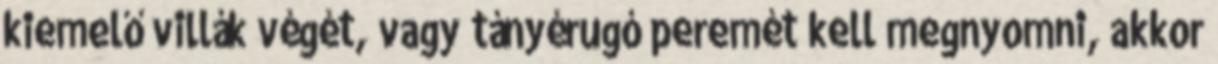
kiemelő villák végét, vagy tányérugó peremét kell megnyomni, akkor